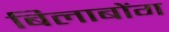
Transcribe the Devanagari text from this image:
बिलाबोंग